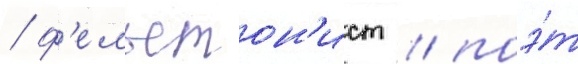
/ ф'ельетон'ист / поэ́т